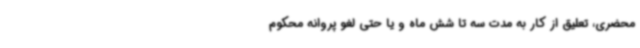
محضری، تعلیق از کار به مدت سه تا شش ماه و یا حتی لغو پروانه محکوم